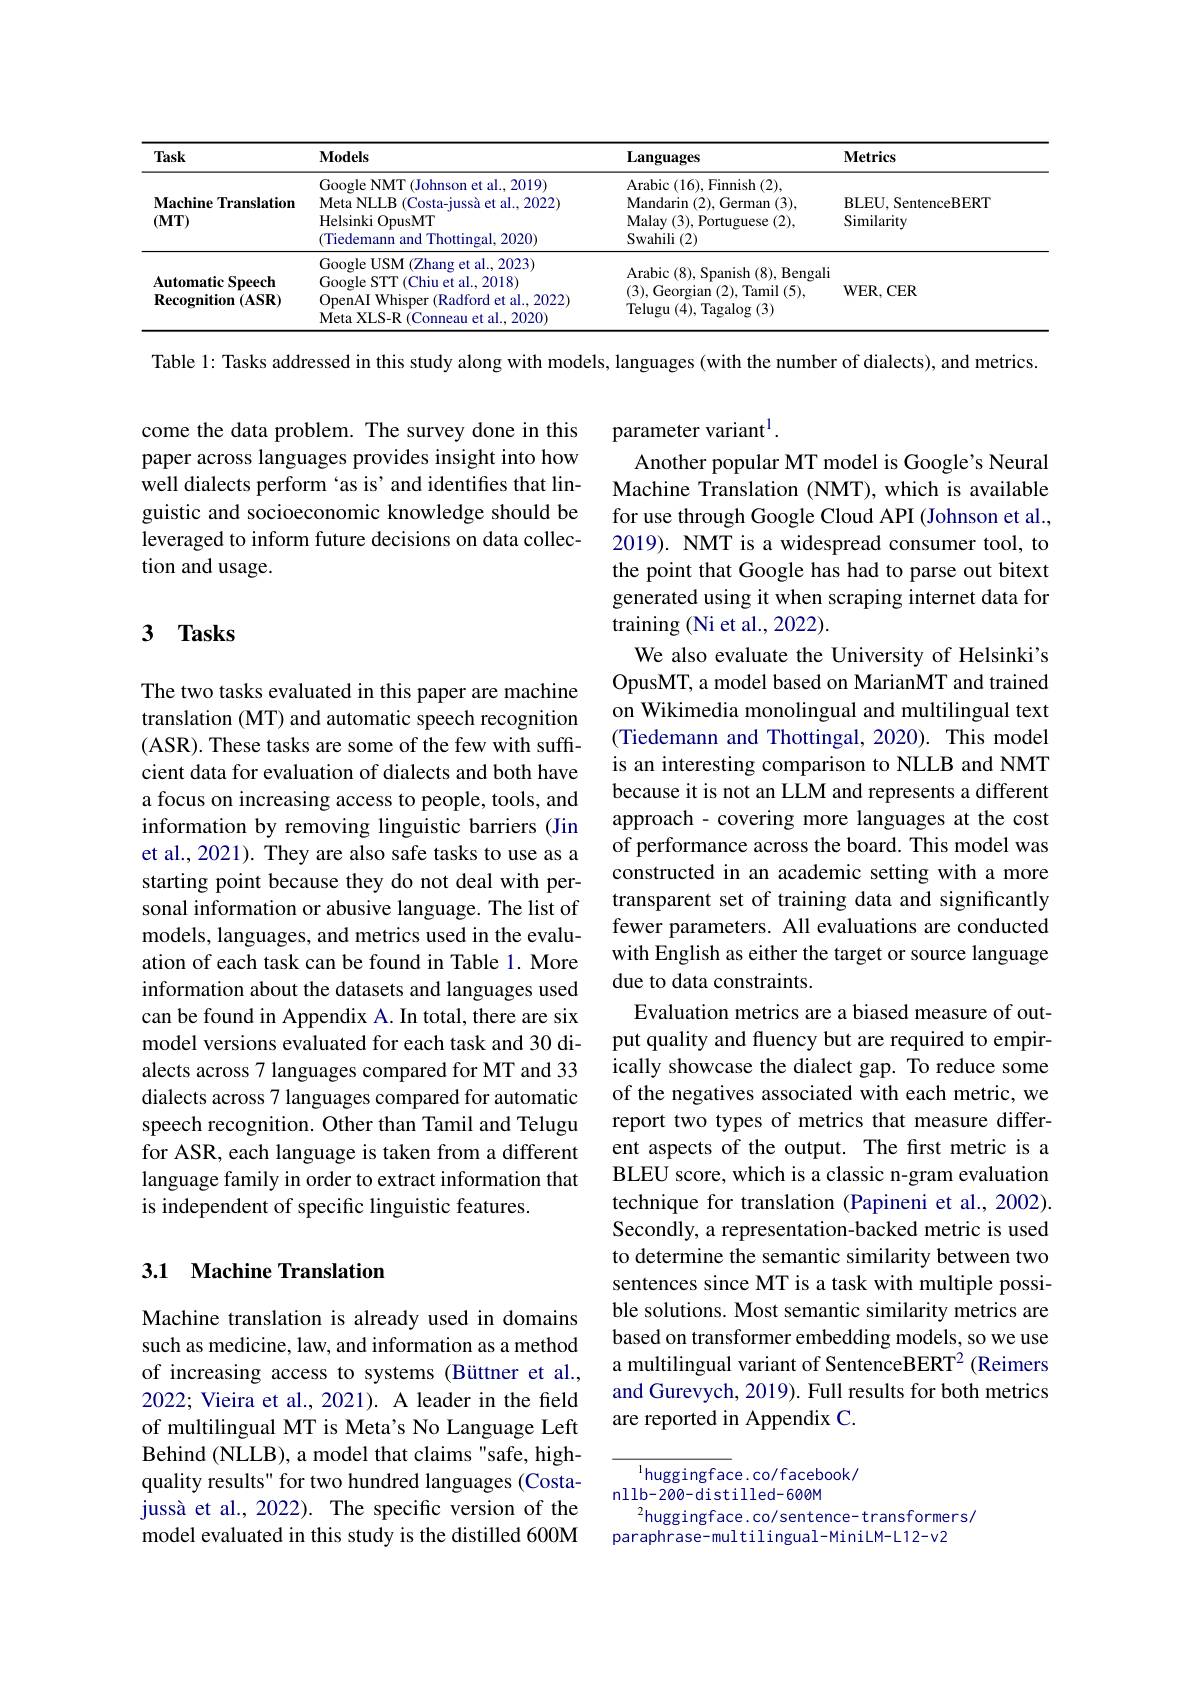
<table>
	<tbody>
		<tr>
			<th>Task</th>
			<th>$\mathbf{Models}$</th>
			<th>Languages</th>
			<th>$\mathbf{Metrics}$</th>
		</tr>
		<tr>
			<td>Machine Translation $(\mathbf{MT})$</td>
			<td>Google NMT (Johnson et al., 2019) Meta NLLB ( Costa- juss$\grave{a}$ et al. , 2022) Helsinki OpusMT (Tiedemann and Thottingal, 2020)</td>
			<td>Arabic ( 16) , Finnish ( 2) , Mandarin ( 2) , German ( 3) , Malay ( 3) , Portuguese ( 2) , Swahili (2)</td>
			<td>BLEU, SentenceBERT Similarity</td>
		</tr>
		<tr>
			<td>$\mathbf{AutomaticSpeech}$ $\mathbf{Recognition}\left(\mathbf{ASR}\right)$</td>
			<td>Google USM (Zhang et al., 2023) Google STT (Chiu et al., 2018) OpenAI Whisper (Radford et al., 2022) Meta XI S- R ( Conneau et al. 2020) </td>
			<td>Arabic ( 8) , Spanish ( 8) , Bengali (3),Georgian(2),Tamil(5), ${\mathrm{Telugu~(4),~Tagalog~(3)}}$</td>
			<td>$\mathbf{WER,CER}$</td>
		</tr>
	</tbody>
</table>

Table 1: Tasks addressed in this study along with models, languages (with the number of dialects), and metrics

come the data problem. The survey done in this paper across languages provides insight into how well dialects perform 'as is'and identifies that linguistic and socioeconomic knowledge should be leveraged to inform future decisions on data collection and usage.

## 3 $\mathbf{Tasks}$

parameter variant$^1.$
Another popular MT model is Google's Neural Machine Translation (NMT), which is available for use through Google Cloud API (Johnson et al., 2019). NMT is a widespread consumer tool, to the point that Google has had to parse out bitext generated using it when scraping internet data for training (Ni et al., 2022).
We also evaluate the University of Helsinki's OpusMT, a model based on MarianMT and trained on Wikimedia monolingual and multilingual text (Tiedemann and Thottingal, 2020). This model is an interesting comparison to NLLB and NMT because it is not an LLM and represents a different approach- covering more languages at the cost of performance across the board. This model was constructed in an academic setting with a more transparent set of training data and significantly fewer parameters. All evaluations are conducted with English as either the target or source language due to data constraints.
Evaluation metrics are a biased measure of output quality and fluency but are required to empirically showcase the dialect gap. To reduce some of the negatives associated with each metric, we report two types of metrics that measure different aspects of the output. The first metric is a BLEU score, which is a classic n-gram evaluation technique for translation (Papineni et al., 2002). Secondly, a representation-backed metric is used to determine the semantic similarity between two sentences since MT is a task with multiple possible solutions. Most semantic similarity metrics are based on transformer embedding models, so we use a multilingual variant of SentenceBERT$^{2}$ (Reimers and Gurevych, 2019). Full results for both metrics are reported in Appendix C.

The two tasks evaluated in this paper are machine translation (MT) and automatic speech recognition (ASR). These tasks are some of the few with sufficient data for evaluation of dialects and both have a focus on increasing access to people, tools, and information by removing linguistic barriers (Jin et al., 2021). They are also safe tasks to use as a starting point because they do not deal with personal information or abusive language. The list of models, languages, and metrics used in the evaluation of each task can be found in Table 1. More information about the datasets and languages used can be found in Appendix A. In total, there are six model versions evaluated for each task and 30 dialects across 7 languages compared for MT and 33 dialects across 7 languages compared for automatic speech recognition. Other than Tamil and Telugu for ASR, each language is taken from a different language family in order to extract information that is independent of specific linguistic features.

## 3.1 Machine Translation

Machine translation is already used in domains such as medicine, law, and information as a method of increasing access to systems (Büttner et al., 2022; Vieira et al., 2021). A leader in the field of multilingual MT is Meta's No Language Left Behind (NLLB), a model that claims "safe, highquality results" for two hundred languages (Costajussà et al., 2022). The specific version of the model evaluated in this study is the distilled 600M

$^{1}$huggingface.co/facebook/
nllb-200-distilled-600M
$^{2}$huggingface.co/sentence-transformers/
paraphrase-multilingual-MiniLM-L12-v2